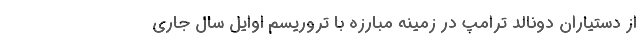
از دستیاران دونالد ترامپ در زمینه مبارزه با تروریسم اوایل سال جاری